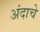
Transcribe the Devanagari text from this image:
अंदाचे